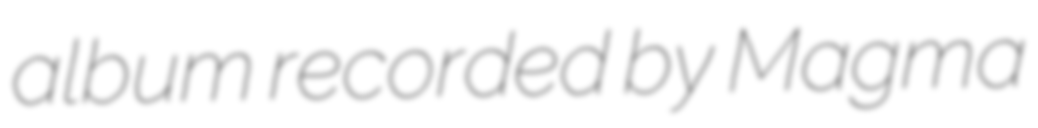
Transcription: album recorded by Magma